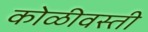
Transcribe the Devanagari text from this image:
कोळीवस्ती